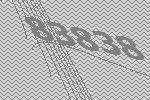
83838